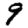
Digit: 9